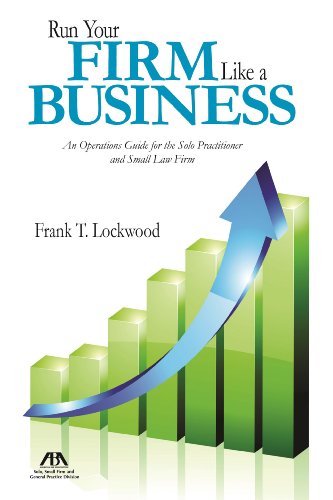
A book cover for Run Your Firm Like a Business: An Operational Guide for the Solo Practitioner and Small Law Firm; Frank T. Lockwood; Law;